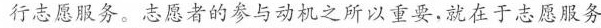
行志愿服务。志愿者的参与动机之所以重要.就在于志愿服务